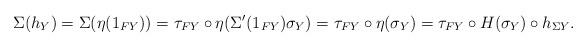
LaTeX: \begin{align*} \Sigma(h_Y) = \Sigma(\eta(1_{FY})) = \tau_{FY} \circ \eta(\Sigma'(1_{FY})\sigma_Y) = \tau_{FY} \circ \eta(\sigma_Y) = \tau_{FY} \circ H(\sigma_Y)\circ h_{\Sigma Y}. \end{align*}